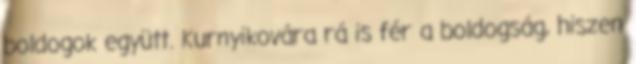
boldogok együtt. Kurnyikovára rá is fér a boldogság, hiszen